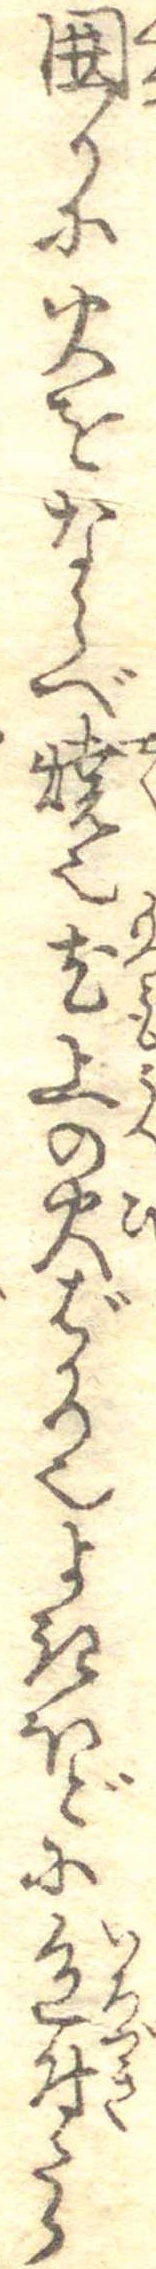
囲りに火をならべ焼也尤上の火ばかり也よきほどに色付たら